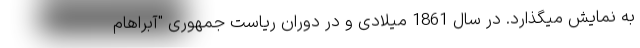
به نمایش میگذارد. در سال 1861 میلادی و در دوران ریاست جمهوری "آبراهام